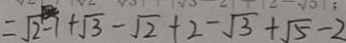
= \sqrt { 2 - 1 } + \sqrt { 3 } - \sqrt { 2 } + 2 - \sqrt { 3 } + \sqrt { 5 } - 2